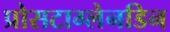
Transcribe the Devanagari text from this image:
प्रोसटाग्लेनडिन